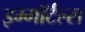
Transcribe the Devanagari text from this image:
इम्मॉर्टल्स